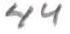
44